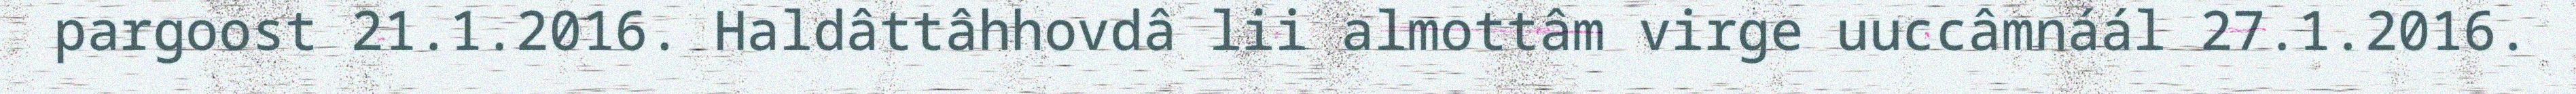
pargoost 21.1.2016. Haldâttâhhovdâ lii almottâm virge uuccâmnáál 27.1.2016.